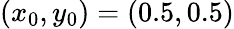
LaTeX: (x_{0},y_{0})=(0.5,0.5)